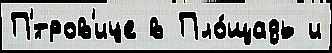
П'́тров'ице в Пло́щадь и